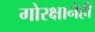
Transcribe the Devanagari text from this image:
गोरक्षानेही